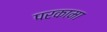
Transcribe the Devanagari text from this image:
परकामा